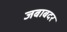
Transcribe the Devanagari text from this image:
जबाबदर